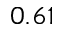
0 . 6 1